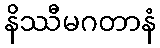
နိဿီမဂတာနံ